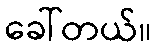
ခေါ်တယ်။